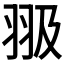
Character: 𦐏